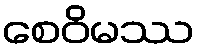
စေဝိမဿ